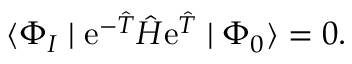
\langle \Phi _ { I } \mid \mathrm { e } ^ { - \hat { T } } \hat { H } \mathrm { e } ^ { \hat { T } } \mid \Phi _ { 0 } \rangle = 0 .